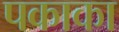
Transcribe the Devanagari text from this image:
पकाका